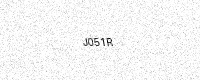
Text: J051R